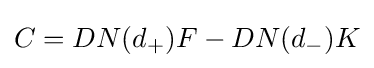
C=DN(d_{+})F-DN(d_{-})K